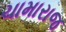
ચામારાજ